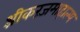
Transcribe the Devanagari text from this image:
श्रीकरंजमाहात्म्य